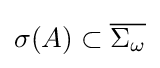
\sigma (A)\subset {\overline {\Sigma _{\omega }}}